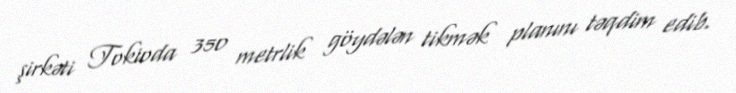
şirkəti Tokioda 350 metrlik göydələn tikmək planını təqdim edib.